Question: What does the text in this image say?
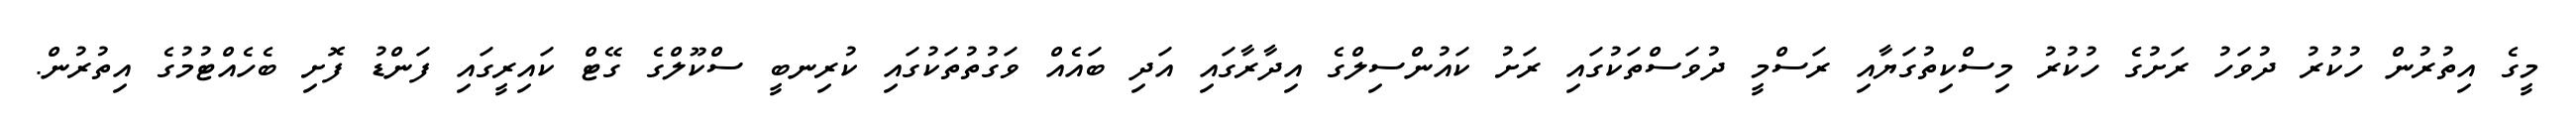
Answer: މީގެ އިތުރުން ހުކުރު ދުވަހު ރަށުގެ ހުކުރު މިސްކިތުގަޔާއި ރަސްމީ ދުވަސްތަކުގައި ރަށު ކައުންސިލްގެ އިދާރާގައި އަދި ބައެއް ވަގުތުތަކުގައި ކުރިނބީ ސްކޫލްގެ ގޭޓް ކައިރީގައި ފަންޑު ފޮށި ބެހެއްޓުމުގެ އިތުރުން.